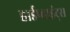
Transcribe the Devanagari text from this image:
हार्डप्वाइंट्स